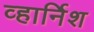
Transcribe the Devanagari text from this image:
व्हार्निश